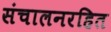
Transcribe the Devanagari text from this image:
संचालनरहित